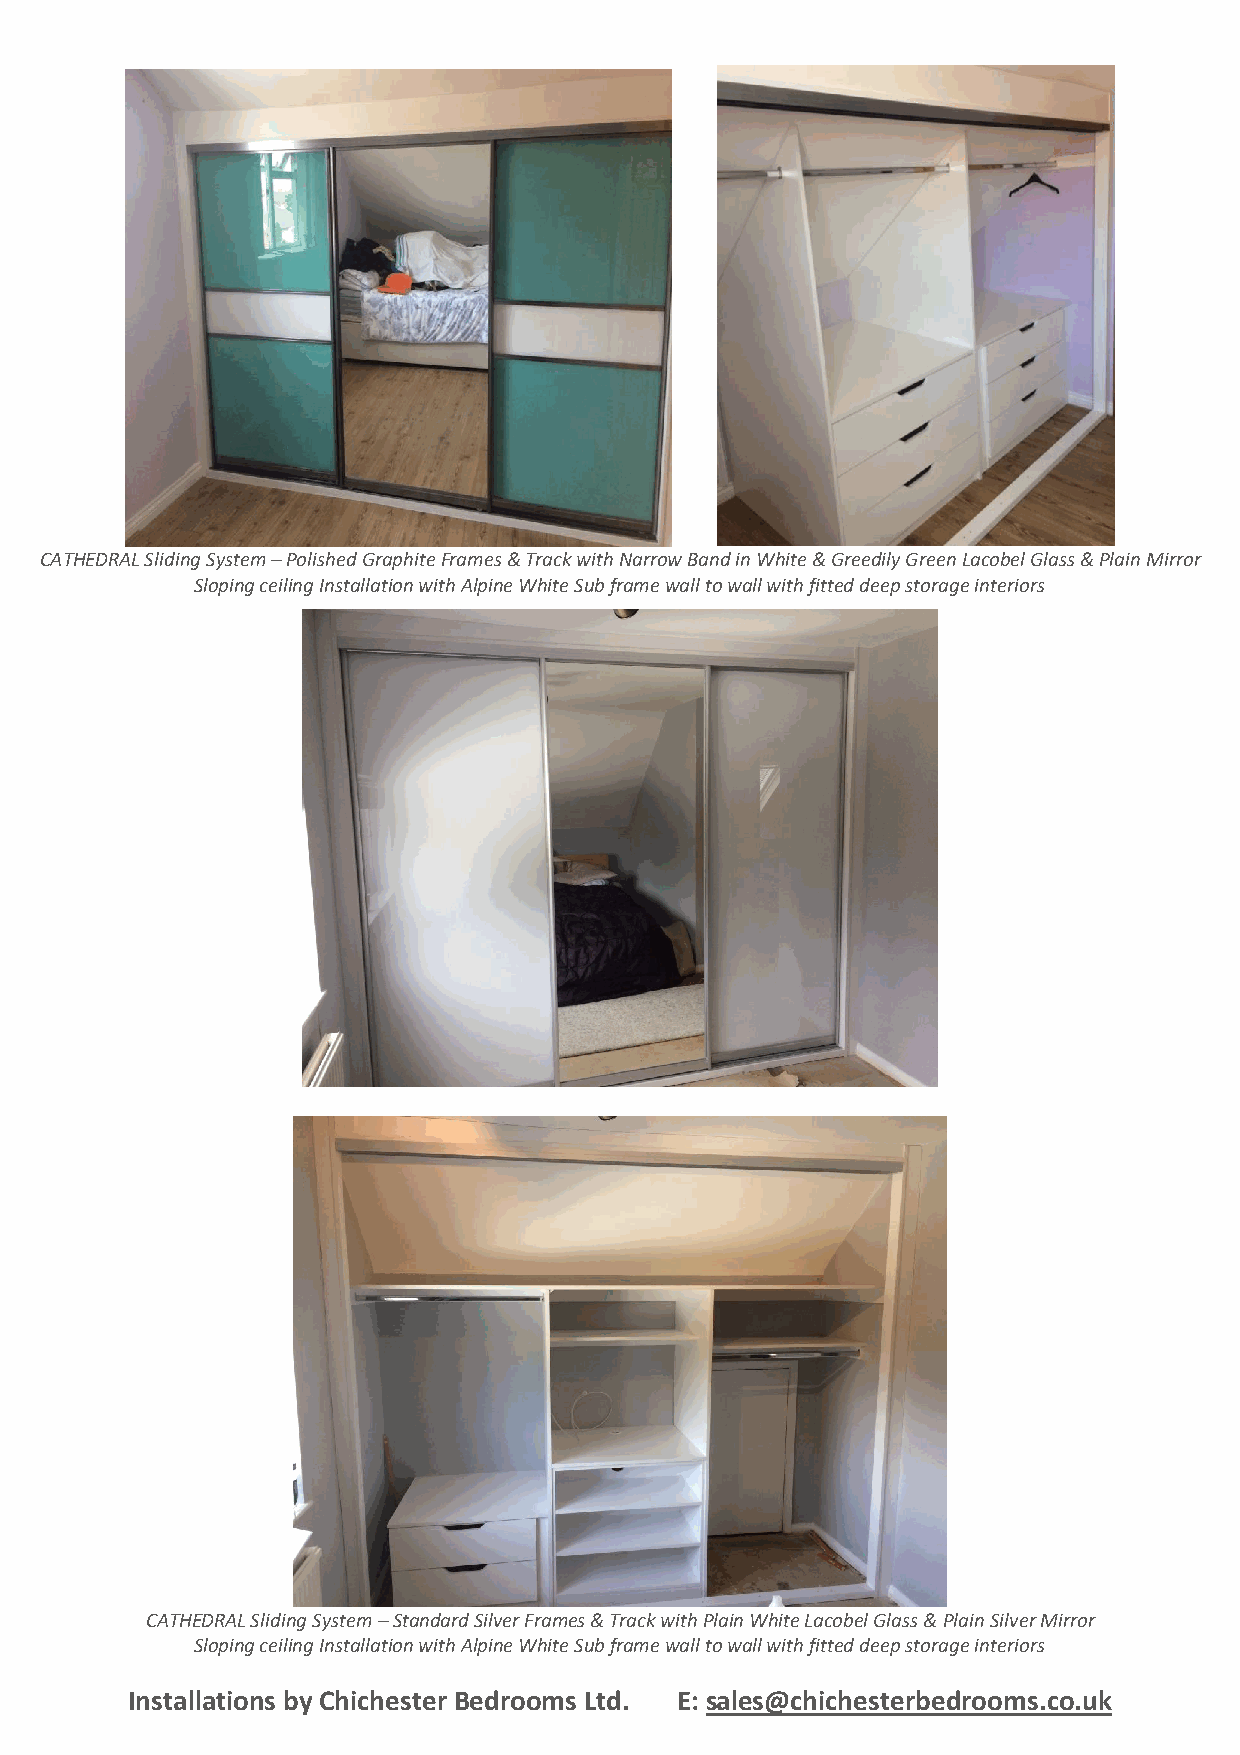
CATHEDRAL Sliding System – Polished Graphite Frames & Track with Narrow Band in White & Greedily Green Lacobel Glass & Plain Mirror
 Sloping ceiling Installation with Alpine White Sub frame wall to wall with fitted deep storage interiors
 CATHEDRAL Sliding System – Standard Silver Frames & Track with Plain White Lacobel Glass & Plain Silver Mirror
 Sloping ceiling Installation with Alpine White Sub frame wall to wall with fitted deep storage interiors
 Installations by Chichester Bedrooms Ltd. E: sales@chichesterbedrooms.co.uk